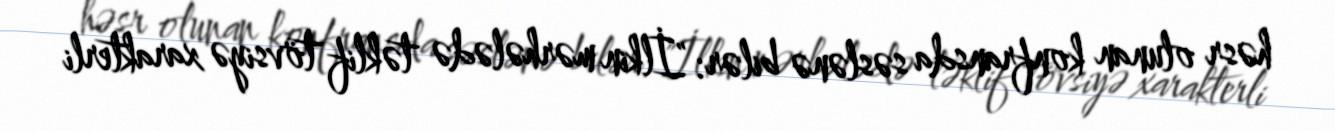
həsr olunan konfransda səslənə bilər: "İlkin mərhələdə təklif tövsiyə xarakterli